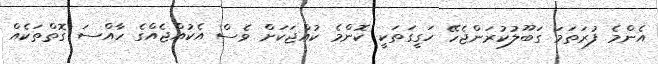
އެންމެ ފުރަތަމަ ގަބޫލުކުރަންޖެހޭ ހަގީގަތަކީ ކޮންމެ ކުއްޖަކަށް ވެސް އެކުއްޖެއްގެ ހާއްސަ ގޮތްތަކެއް